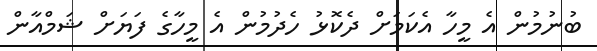
ބުނުމުން އެ މީހާ އެކަމަށް ދެކޮޅު ހެދުމުން އެ މީހާގެ ފަޔަށް ޝަމްއާން